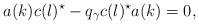
\begin{align*}a(k) c(l)^{\star} -q_{\gamma} c(l)^{\star} a(k)=0, \end{align*}